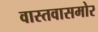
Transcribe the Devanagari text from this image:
वास्तवासमोर